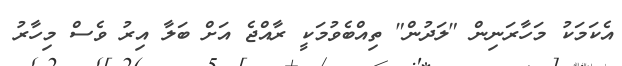
އެކަމަކު މަހާރަނިން "ލަދުން" ތިއްބެވުމަކީ ރާއްޖެ އަށް ބަލާ އިރު ވެސް މިހާރު